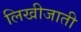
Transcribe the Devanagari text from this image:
लिखीजाती